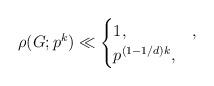
LaTeX: \begin{align*}\rho(G;p^k)\ll \begin{cases}1, & ,\\p^{(1-1/d)k}, &\end{cases}\end{align*}